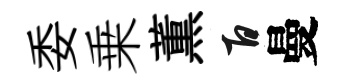
委乗薫百曼